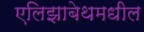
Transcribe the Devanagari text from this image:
एलिझाबेथमधील